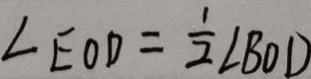
\angle E O D = \frac { 1 } { 2 } \angle B O D